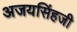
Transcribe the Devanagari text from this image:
अजयसिंहजी